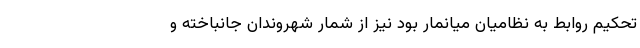
تحکیم روابط به نظامیان میانمار بود نیز از شمار شهروندان جانباخته و